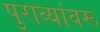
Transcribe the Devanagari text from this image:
पुराव्यांवरू